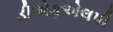
ડીએફએલપી